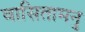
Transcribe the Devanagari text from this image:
वासितामनु